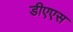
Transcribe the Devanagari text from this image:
डीएएस